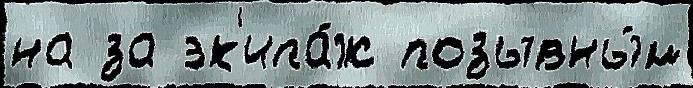
на за эк'ипа́ж позывны́м